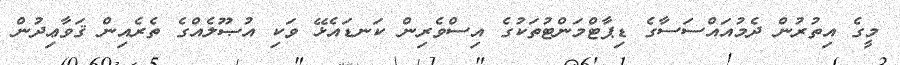
މީގެ އިތުރުން ދެމުއައްސަސާގެ ޑިޕާޓްމަންޓުތަކުގެ އިސްވެރިން ކަނޑައެޅޭ ވަކި އުޞޫލެއްގެ ތެރެއިން ޤަވާޢިދުން